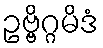
ဥဗ္ဗိဂ္ဂမိဒံ